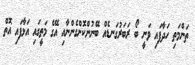
ތަންމަތި ހަދާފައި ވަނީ ބޯ ރަބަރުގަނޑެއް ބޭނުންކޮށްގެންނާއި އޭގެ މަތީގައި އަޅާފައި އޮތް